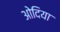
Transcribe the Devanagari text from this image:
ओदिया